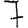
Digit: 7